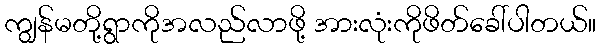
ကျွန်မတို့ရွာကိုအလည်လာဖို့ အားလုံးကိုဖိတ်ခေါ်ပါတယ်။